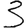
Digit: 3